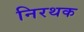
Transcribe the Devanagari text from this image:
निरथक